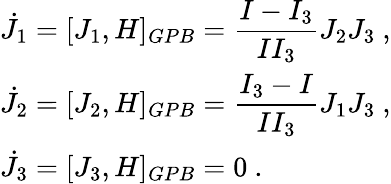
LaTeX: \begin{array}{l}{{\dot{J}_{1}=[J_{1},H]_{GPB}=\displaystyle\frac{I-I_{3}}{II_{3}}J_{2}J_{3}~,}}\\ {{\dot{J}_{2}=[J_{2},H]_{GPB}=\displaystyle\frac{I_{3}-I}{II_{3}}J_{1}J_{3}~,}}\\ {{\dot{J}_{3}=[J_{3},H]_{GPB}=0~.}}\end{array}